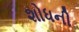
શોધની